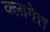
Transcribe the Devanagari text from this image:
क्लागेत्त